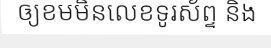
ឲ្យខមមិនលេខទូរស័ព្ទ និង